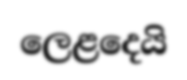
ලෙළදෙයි